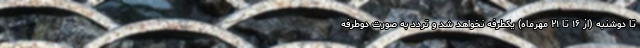
تا دوشنبه (از ۱۶ تا ۲۱ مهرماه) یکطرفه نخواهد شد و تردد به صورت دوطرفه